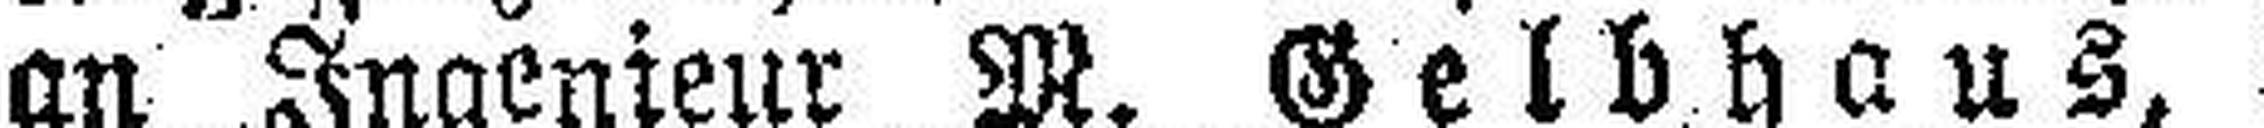
an Ingenieur M. Gelbhaus,